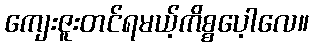
ကျေးဇူးတင်ရမယ့်ကိစ္စပေ့ါလေ။